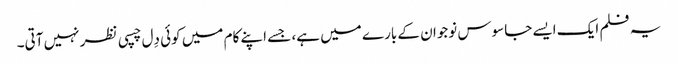
یہ فلم ایک ایسے جاسوس نوجوان کے بارے میں ہے، جسے اپنے کام میں کوئی دِل چسپی نظر نہیں آتی۔